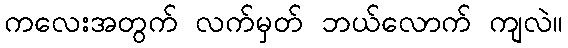
ကလေးအတွက် လက်မှတ် ဘယ်လောက် ကျလဲ။